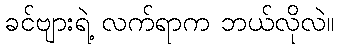
ခင်ဗျားရဲ့ လက်ရာက ဘယ်လိုလဲ။